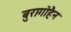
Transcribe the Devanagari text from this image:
बुरागोहैन